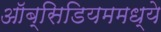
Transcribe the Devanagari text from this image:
ऑब्सिडियममध्ये